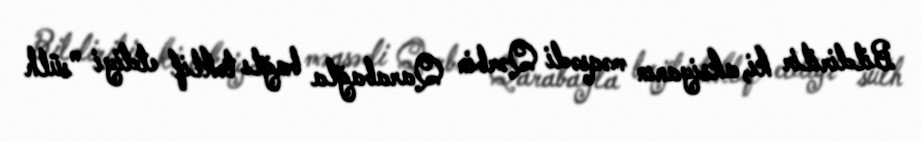
Bildirilir ki, aksiyanın məqsədi Qərbin Qarabağla bağlı təklif etdiyi "sülh